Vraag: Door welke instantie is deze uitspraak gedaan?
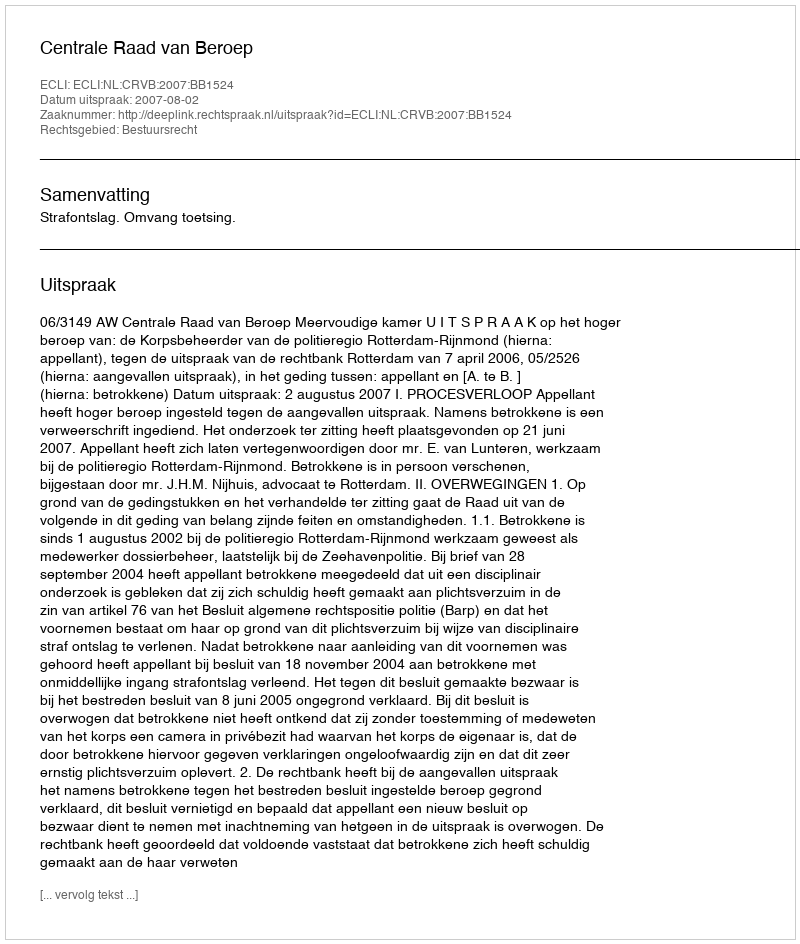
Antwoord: Centrale Raad van Beroep